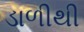
ડાળીથી